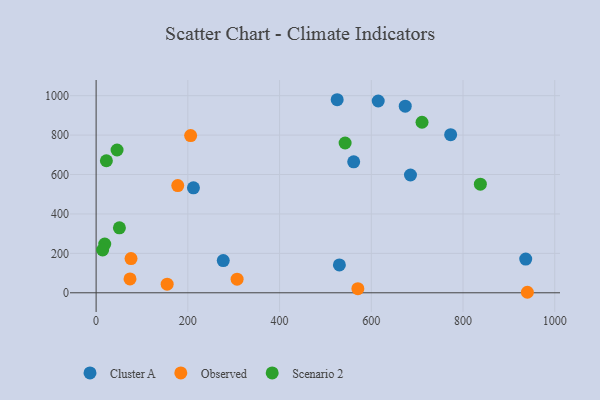
{"axis": {"x": "Distance", "y": "Exam Score"}, "legend": ["Cluster A", "Observed", "Scenario 2"], "data": [{"x": "525.6", "y": 979.4, "type": "Cluster A"}, {"x": "773.0", "y": 801.9, "type": "Cluster A"}, {"x": "561.6", "y": 664.4, "type": "Cluster A"}, {"x": "936.7", "y": 170.8, "type": "Cluster A"}, {"x": "615.1", "y": 973.0, "type": "Cluster A"}, {"x": "530.4", "y": 141.2, "type": "Cluster A"}, {"x": "685.4", "y": 597.6, "type": "Cluster A"}, {"x": "674.0", "y": 946.9, "type": "Cluster A"}, {"x": "212.2", "y": 532.5, "type": "Cluster A"}, {"x": "277.2", "y": 163.4, "type": "Cluster A"}, {"x": "940.3", "y": 2.6, "type": "Observed"}, {"x": "73.9", "y": 70.1, "type": "Observed"}, {"x": "307.4", "y": 69.0, "type": "Observed"}, {"x": "178.0", "y": 543.8, "type": "Observed"}, {"x": "76.1", "y": 173.6, "type": "Observed"}, {"x": "570.7", "y": 21.1, "type": "Observed"}, {"x": "206.1", "y": 797.5, "type": "Observed"}, {"x": "154.9", "y": 43.8, "type": "Observed"}, {"x": "710.6", "y": 865.2, "type": "Scenario 2"}, {"x": "837.8", "y": 551.1, "type": "Scenario 2"}, {"x": "50.8", "y": 329.4, "type": "Scenario 2"}, {"x": "542.9", "y": 759.8, "type": "Scenario 2"}, {"x": "45.7", "y": 724.4, "type": "Scenario 2"}, {"x": "18.8", "y": 247.0, "type": "Scenario 2"}, {"x": "22.4", "y": 669.8, "type": "Scenario 2"}, {"x": "14.2", "y": 217.1, "type": "Scenario 2"}]}